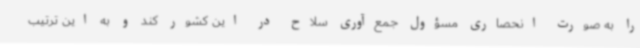
را به صورت انحصاری مسؤول جمع‌آوری سلاح در این کشور کند و به این ترتیب